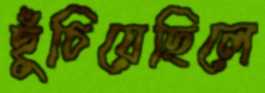
ছুঁচিয়েছিলে